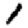
Digit: 1